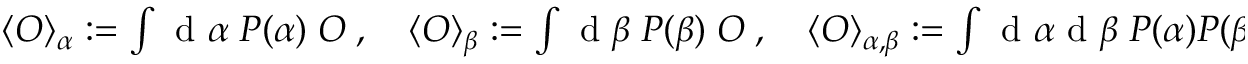
\begin{array} { r } { \langle O \rangle _ { \alpha } : = \int \mathrm { ~ d ~ } \alpha \; P ( \alpha ) \; O \; , \quad \langle O \rangle _ { \beta } : = \int \mathrm { ~ d ~ } \beta \; P ( \beta ) \; O \; , \quad \langle O \rangle _ { \alpha , \beta } : = \int \mathrm { ~ d ~ } \alpha \mathrm { ~ d ~ } \beta \; P ( \alpha ) P ( \beta ) \; O \; . } \end{array}